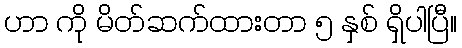
ဟာ ကို မိတ်ဆက်ထားတာ ၅ နှစ် ရှိပါပြီ။